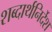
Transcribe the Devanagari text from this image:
शब्दार्थनिर्देश